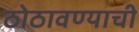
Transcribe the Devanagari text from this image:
ठोठावण्याची